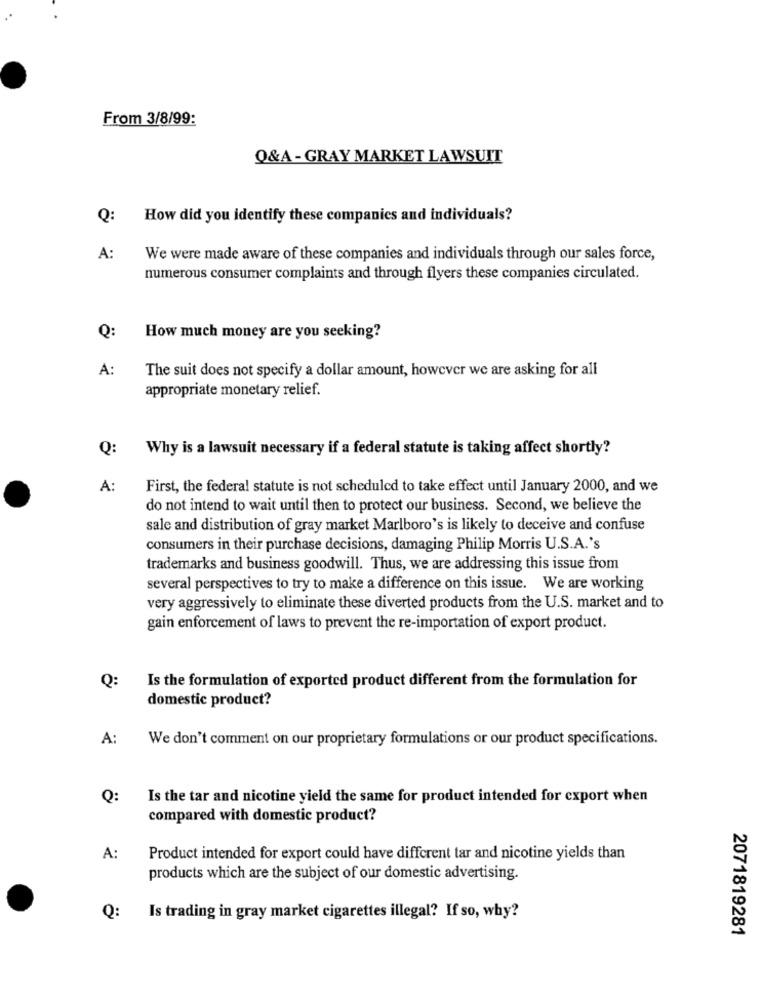
From 3/8/99:
Q&A- GRAY MARKET LAWSUIT
Q:
How did you identify these companies and individuals?
A:
We were made aware of these companies and individuals through our sales force,
numerous consumer complaints and through flyers these companies circulated.
Q:
How much money are you seeking?
A:
The suit does not specify a dollar amount, however we are asking for all
appropriate monetary relief.
Q:
Why is a lawsuit necessary if a federal statute is taking affect shortly?
A:
First, the federal statute is not scheduled to take effect until January 2000, and we
do not intend to wait until then to protect our business. Second, we believe the
sale and distribution of gray market Marlboro's is likely to deceive and confuse
consumers in their purchase decisions, damaging Philip Morris U.S.A.'s
trademarks and business goodwill. Thus, we are addressing this issue from
several perspectives to try to make a difference on this issue. We are working
very aggressively to eliminate these diverted products from the U.S. market and to
gain enforcement of laws to prevent the re-importation of export product.
Q:
Is the formulation of exported product different from the formulation for
domestic product?
A:
We don't comment on our proprietary formulations or our product specifications.
Q:
Is the tar and nicotine yield the same for product intended for export when
compared with domestic product?
A:
Product intended for export could have different tar and nicotine yields than
products which are the subject of our domestic advertising.
Q:
Is trading in gray market cigarettes illegal? If so, why?
2071819281